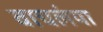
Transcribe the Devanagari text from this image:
वाचलंया